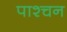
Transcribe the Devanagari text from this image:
पाश्चन